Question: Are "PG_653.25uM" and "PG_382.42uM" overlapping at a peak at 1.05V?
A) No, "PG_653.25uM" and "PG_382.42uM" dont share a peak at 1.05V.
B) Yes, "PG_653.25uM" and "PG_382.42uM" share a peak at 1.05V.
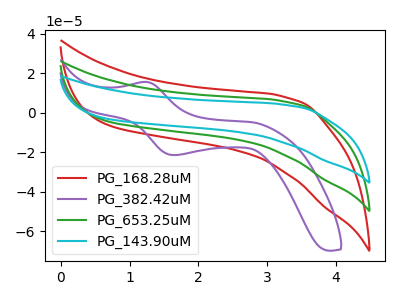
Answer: <think>The red curve "PG_168.28uM" has no peaks. The purple curve "PG_382.42uM" has an anodic peak at (1.25V, 15.60uA) and a cathodic peak at (1.65V, -21.45uA). The green curve "PG_653.25uM" has no peaks. The cyan curve "PG_143.90uM" has no peaks.</think>
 <answer>A) No, "PG_653.25uM" and "PG_382.42uM" dont share a peak at 1.05V.</answer>
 <eval>A</eval>